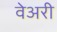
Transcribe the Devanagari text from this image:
वेअरी